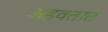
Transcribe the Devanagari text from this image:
अडवतात